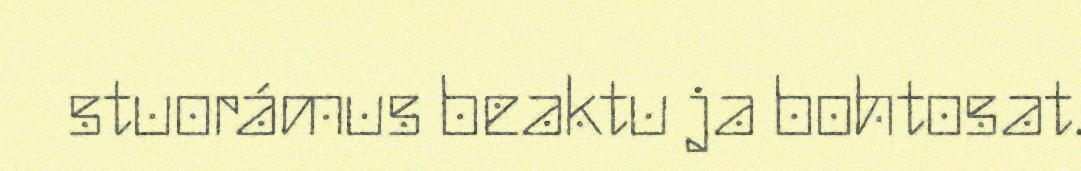
stuorámus beaktu ja bohtosat.